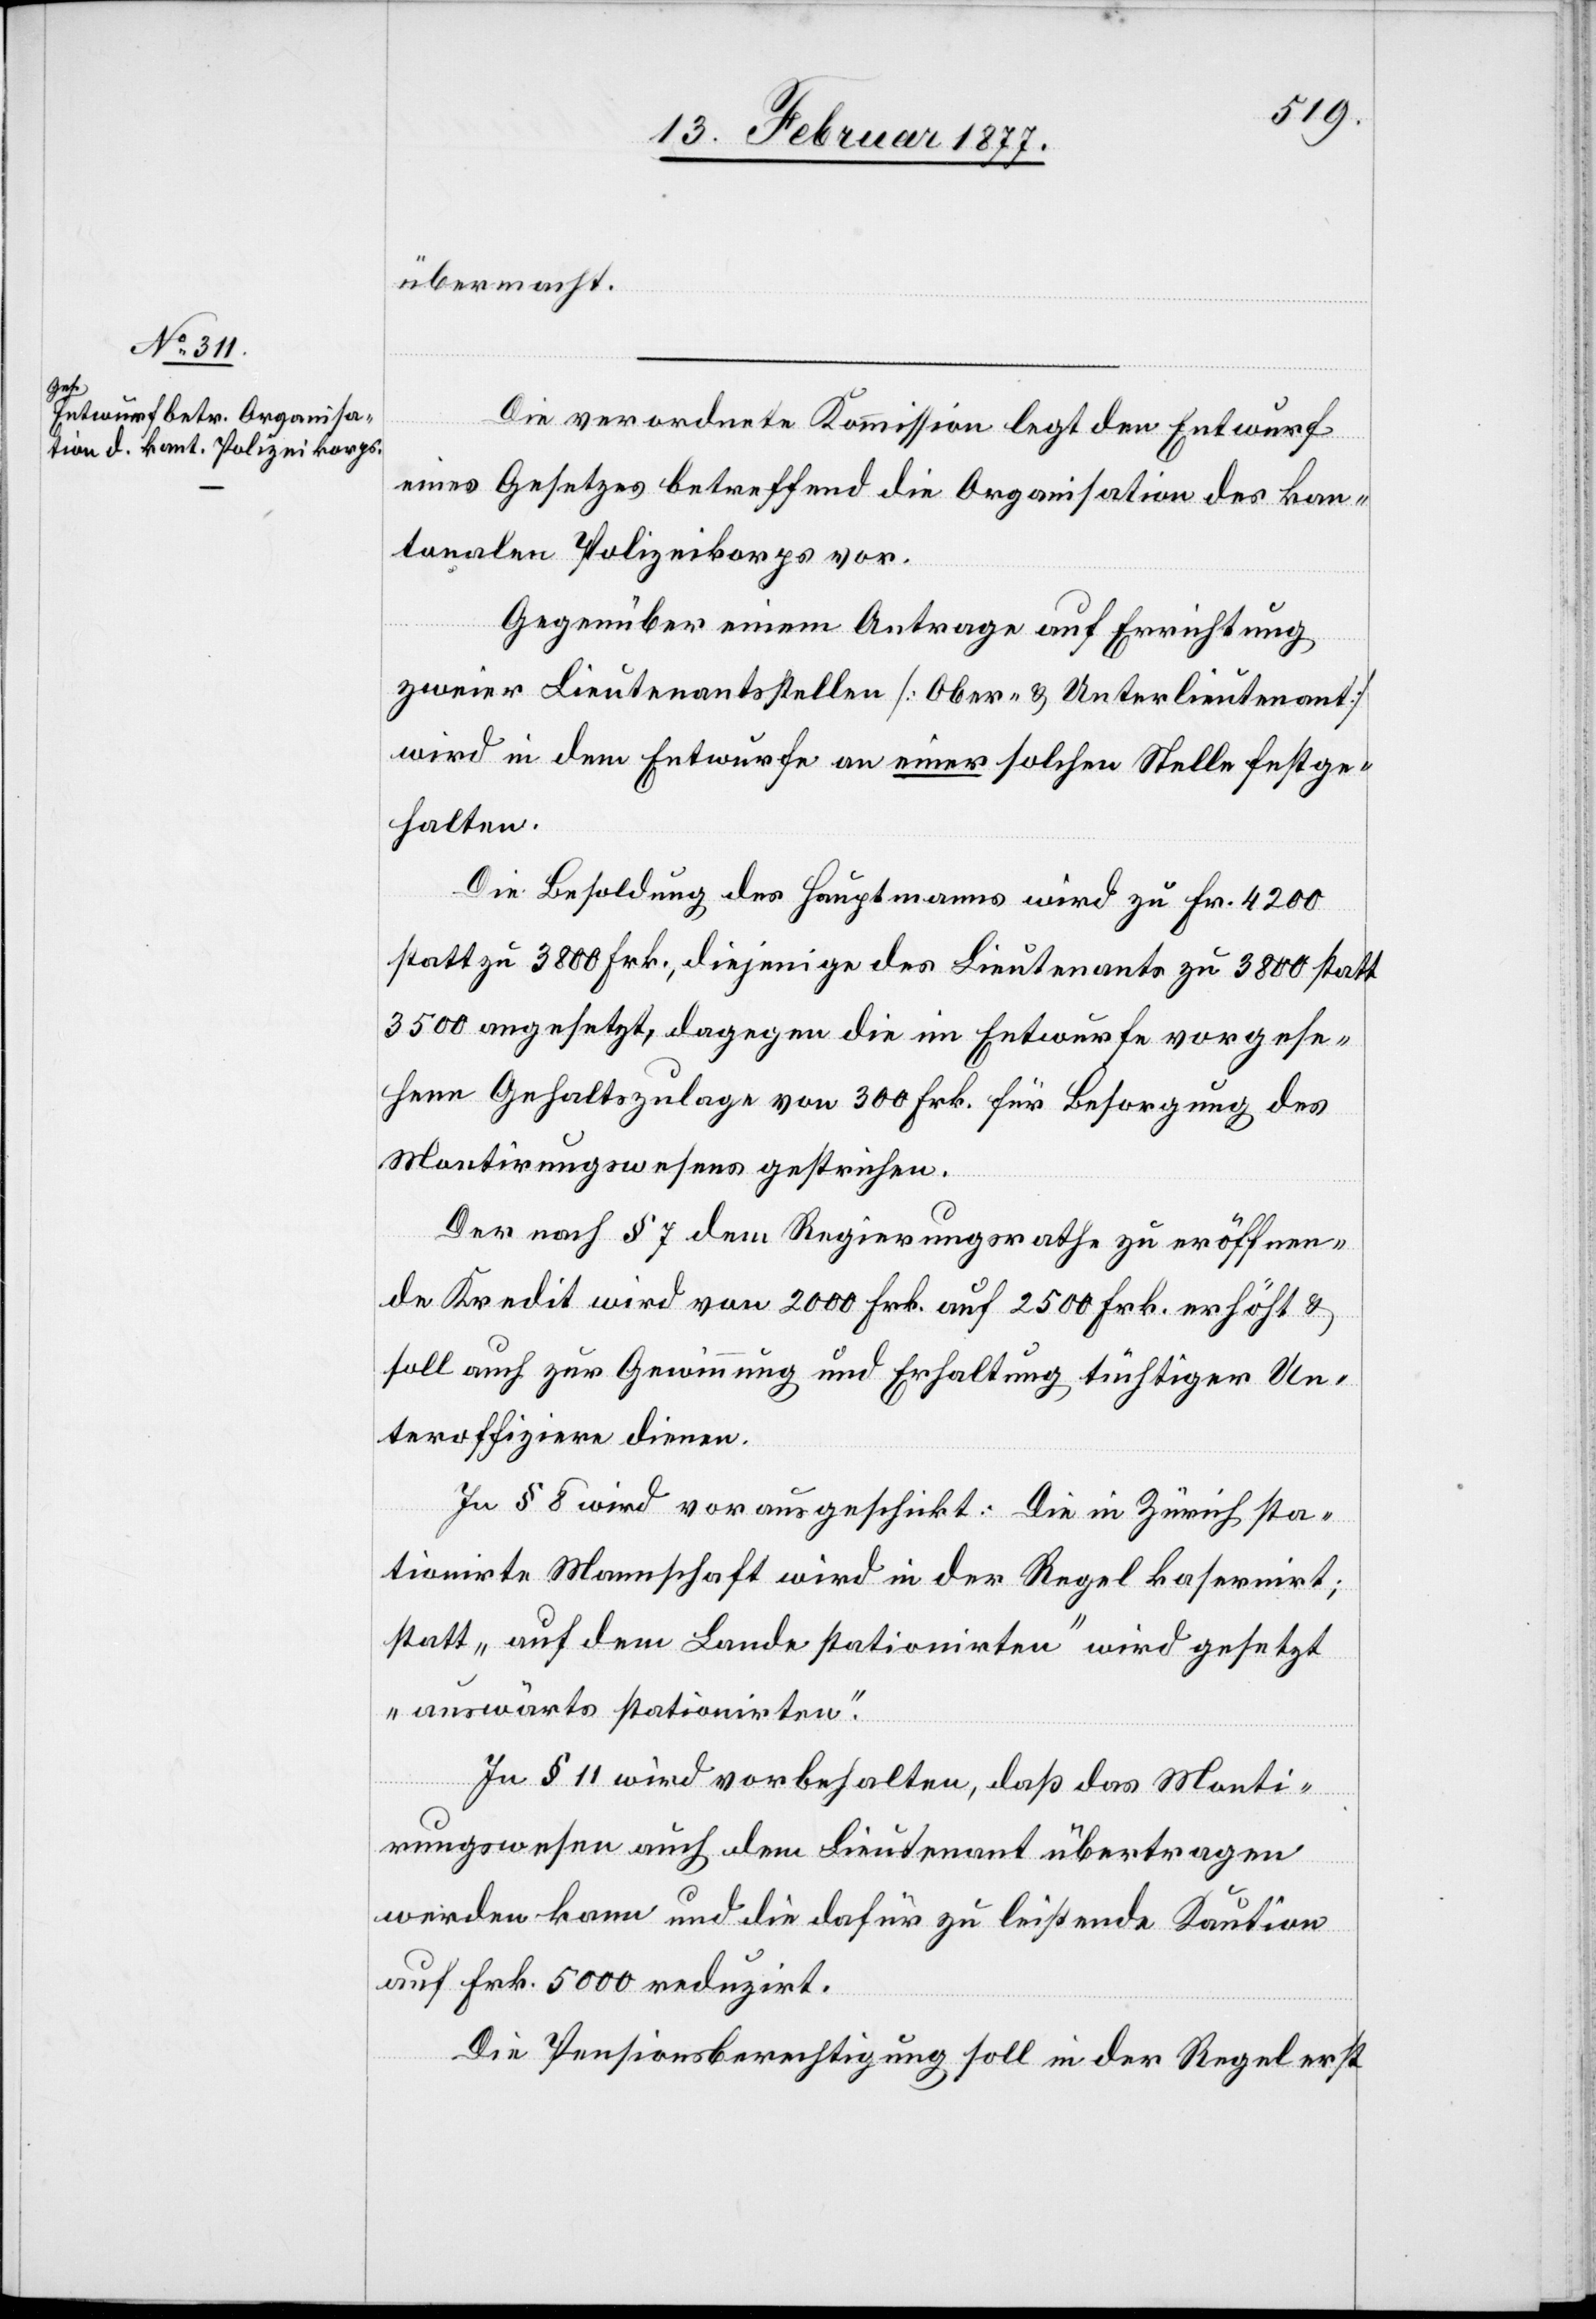
übermacht.
Die verordnete Kommission legt den Entwurf
eines Gesetzes betreffend die Organisation des kan¬
tonalen Polizeikorps vor.
Gegenüber einem Antrage auf Errichtung
zweier Lieutnantsstellen [Ober- & Unterlieutnant]
wird in dem Entwurfe an einer solchen Stelle festge¬
halten.
Die Besoldung des Hauptmanns wird zu Fr. 4200
statt zu 3800 Frk., diejenige des Lieutnants zu 3800 statt
3500 angesetzt, dagegen die im Entwurfe vorgese¬
hene Gehaltszulage von 300 Frk. für Besorgung des
Montirungswesens gestrichen.
Der nach § 7 dem Regierungsrathe zu eröffnen¬
de Kredit wird von 2000 Frk. auf 2500 Frk. erhöht &
soll auch zur Gewinnung und Erhaltung tüchtiger Un¬
teroffiziere dienen.
In § 7 wird vorausgeschickt: Die in Zürich sta¬
tionirte Mannschaft wird in der Regel kasernirt;
statt „auf dem Lande stationirten“ wird gesetzt
„auswärts stationirten“.
In § 11 wird vorbehalten, daß das Monti¬
rungswesen auch dem Lieutnant übertragen
werden kann und die dafür zu leistende Kaution
auf Frk. 5000 reduzirt.
Die Pensionsberechtigung soll in der Regel erst